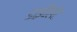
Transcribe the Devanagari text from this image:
डाईवैलेंट